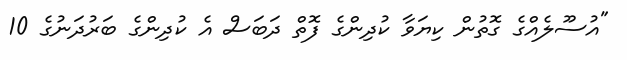
"އުުސޫލެއްގެ ގޮތުން ކިޔަވާ ކުދިންގެ ފޮތް ދަބަސް އެ ކުދިންގެ ބަރުދަނުގެ 10